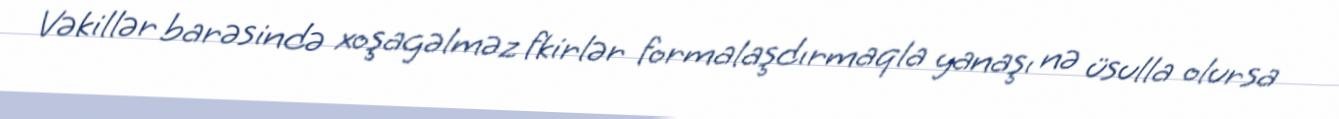
Vəkillər barəsində xoşagəlməz fkirlər formalaşdırmaqla yanaşı nə üsulla olursa